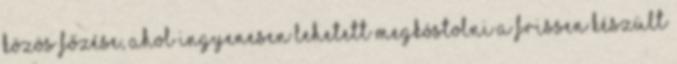
közös főzése, ahol ingyenesen lehetett megkóstolni a frissen készült